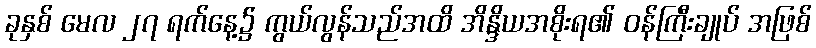
ခုနှစ် မေလ ၂၇ ရက်နေ့၌ ကွယ်လွန်သည်အထိ အိန္ဒိယအစိုးရ၏ ဝန်ကြီးချုပ် အဖြစ်